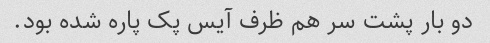
دو بار پشت سر هم ظرف آیس پک پاره شده بود.